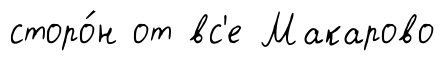
сторо́н от вс'е Макарово